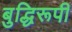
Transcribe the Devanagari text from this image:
बुद्धिरूपी